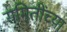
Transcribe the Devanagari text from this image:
समितींच्या